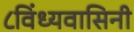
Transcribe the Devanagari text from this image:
८विंध्यवासिनी